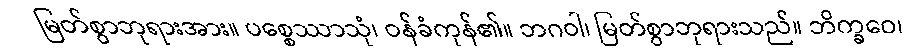
မြတ်စွာဘုရားအား။ ပစ္စေဿာသုံ၊ ဝန်ခံကုန်၏။ ဘဂဝါ၊ မြတ်စွာဘုရားသည်။ ဘိက္ခဝေ၊